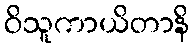
ဝိသူကာယိတာနိ